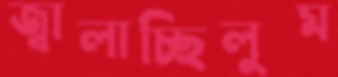
জ্বালাচ্ছিলুম